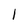
Character: 1